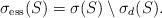
LaTeX: \begin{align*}\sigma_{\mathrm{ess}}(S) = \sigma(S)\setminus \sigma_d(S).\end{align*}